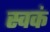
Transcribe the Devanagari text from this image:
स्वकं